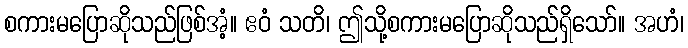
စကားမပြောဆိုသည်ဖြစ်အံ့။ ဧဝံ သတိ၊ ဤသို့စကားမပြောဆိုသည်ရှိသော်။ အဟံ၊